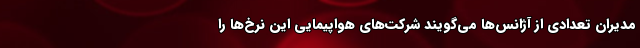
مدیران تعدادی از آژانس‌ها می‌گویند شرکت‌های هواپیمایی این نرخ‌ها را